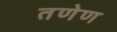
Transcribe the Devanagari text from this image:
तणेण